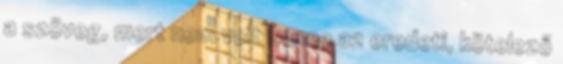
a szöveg, mert nem volt benne az eredeti, kötelező